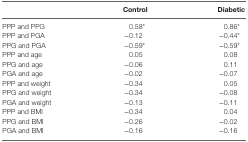
<table><thead><tr><td></td><td><b>Control</b></td><td><b>Diabetic</b></td></tr></thead><tbody><tr><td>PPP and PPG</td><td>0.58*</td><td>0.86*</td></tr><tr><td>PPP and PGA</td><td>−0.12</td><td>−0.44*</td></tr><tr><td>PPG and PGA</td><td>−0.59*</td><td>−0.59*</td></tr><tr><td>PPP and age</td><td>0.05</td><td>0.08</td></tr><tr><td>PPG and age</td><td>−0.06</td><td>0.11</td></tr><tr><td>PGA and age</td><td>−0.02</td><td>−0.07</td></tr><tr><td>PPP and weight</td><td>−0.34</td><td>0.05</td></tr><tr><td>PPG and weight</td><td>−0.34</td><td>−0.08</td></tr><tr><td>PGA and weight</td><td>−0.13</td><td>−0.11</td></tr><tr><td>PPP and BMI</td><td>−0.34</td><td>0.04</td></tr><tr><td>PPG and BMI</td><td>−0.26</td><td>−0.02</td></tr><tr><td>PGA and BMI</td><td>−0.16</td><td>−0.16</td></tr></tbody></table>